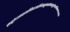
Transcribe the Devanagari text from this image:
सद्बांधवस्यापिदयाभिभूतास्तेषांतुतीर्थानिफलप्रदानि